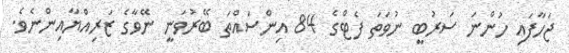
ޖަހާފައި ހުންނަ ސަރުބީ ނުވަތަ ފެޓްގެ 84 އިންސައްތަ ބޭރުވަނީ ނޭވާގެ ޒަރިއްޔާއިންނެވެ.